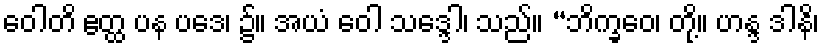
ဝေါတိ ဧတ္ထ ပန ပဒေ၊ ၌။ အယံ ဝေါ သဒ္ဒေါ၊ သည်။ “ဘိက္ခဝေ၊ တို့။ ဟန္ဒ ဒါနိ၊